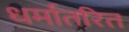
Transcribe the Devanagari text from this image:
धर्मातरित